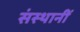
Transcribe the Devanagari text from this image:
संस्थानीं